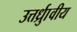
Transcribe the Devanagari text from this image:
उत्तर्ध्राुवीय